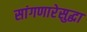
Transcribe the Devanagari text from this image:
सांगणारेसुद्धा